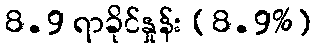
8.9 ရာခိုင်နှုန်း (8.9%)